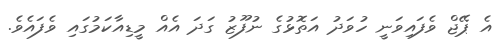
އެ ޕޭޖް ވެފައިވަނީ ހުވަދު އަތޮޅުގެ ނުފޫޒު ގަދަ އެއް މީޑިއާކަމުގައި ވެފައެވެ.